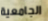
الجامعية